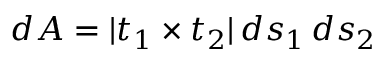
d A = | t _ { 1 } \times t _ { 2 } | \, d s _ { 1 } \, d s _ { 2 }